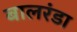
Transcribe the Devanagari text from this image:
बालरंडा